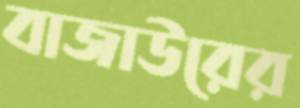
বাজাউরের